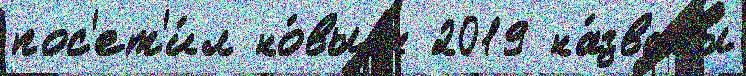
пос'ет'и́л но́вым 2019 на́званы